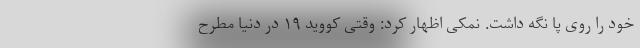
خود را روی پا نگه داشت. نمکی اظهار کرد: وقتی کووید ۱۹ در دنیا مطرح